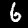
Digit: 6